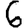
Digit: 6